Plague in India, 1896, 1897 - Volume 2
Year: 1896
Disease focus: Plague
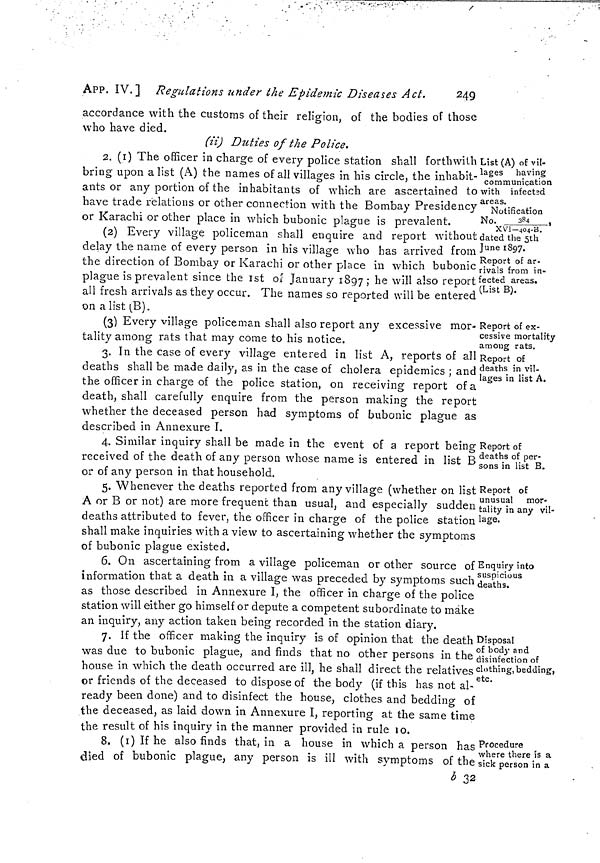
249
APP. IV.] Regulations under the Epidemic Diseases Act.
accordance with the customs of their religion, of the bodies of those
who have died.
(ii) Duties of the Police.
List (A) of vil-
lages having
communication
with infected
areas.
Notification
No.
384
XV1-404-B.
dated the 5th
June 1897.
Report of ar-
rivals from in-
fected areas.
(List B).
2. (1) The officer in charge of every police station shall forthwith
bring upon a list (A) the names of all villages in his circle, the inhabit-
ants or any portion of the inhabitants of which are ascertained to
have trade relations or other connection with the Bombay Presidency
or Karachi or other place in which bubonic plague is prevalent.
(2) Every village policeman shall enquire and report without
delay the name of every person in his village who has arrived from
the direction of Bombay or Karachi or other place in which bubonic
plague is prevalent since the 1st of January 1897 ; he will also report
all fresh arrivals as they occur. The names so reported will be entered
on a list (B).
Report of ex-
cessive mortality
among rats.
Report of
deaths in vil-
lages in list A.
(3) Every village policeman shall also report any excessive mor-
tality among rats that may come to his notice.
3. In the case of every village entered in list A, reports of all
deaths shall be made daily, as in the case of cholera epidemics ; and
the officer in charge of the police station, on receiving report of a
death, shall carefully enquire from the person making the report
whether the deceased person had symptoms of bubonic plague as
described in Annexure I.
Report of
deaths of per-
sons in list B.
4. Similar inquiry shall be made in the event of a report being
received of the death of any person whose name is entered in list B
or of any person in that household.
Report of
unusual mor-
tality in any vil-
lage.
5. Whenever the deaths reported from any village (whether on list
A or B or not) are more frequent than usual, and especially sudden
deaths attributed to fever, the officer in charge of the police station
shall make inquiries with a view to ascertaining whether the symptoms
of bubonic plague existed.
Enquiry into
suspicious
deaths.
6. On ascertaining from a village policeman or other source of
information that a death in a village was preceded by symptoms such
as those described in Annexure I, the officer in charge of the police
station will either go himself or depute a competent subordinate to make
an inquiry, any action taken being recorded in the station diary.
Disposal
of body and
disinfection of
clothing, bedding,
etc.
7. If the officer making the inquiry is of opinion that the death
was due to bubonic plague, and finds that no other persons in the
house in which the death occurred are ill, he shall direct the relatives
or friends of the deceased to dispose of the body (if this has not al-
ready been done) and to disinfect the house, clothes and bedding of
the deceased, as laid down in Annexure I, reporting at the same time
the result of his inquiry in the manner provided in rule 10.
Procedure
where there is a
sick person in a
8. (i) If he also finds that, in a house in which a person has
dlied of bubonic plague, any person is ill with symptoms of the ¡
b 32